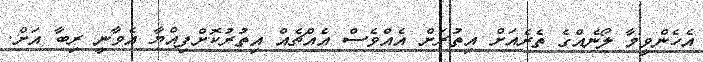
އެހެންވީމާ ލޯނެއްގެ ތެރެއަށް އިތުރަށް އެއްވެސް އެއްޗެއް އިތުރުކޮށްފިއްޔާ އެވާނީ ރިބާ އަށް.